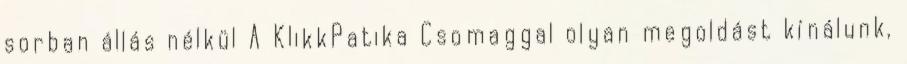
sorban állás nélkül A KlikkPatika Csomaggal olyan megoldást kínálunk,